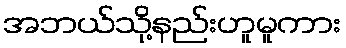
အဘယ်သို့နည်းဟူမူကား